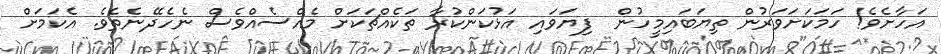
އަހާށެވެ! ހަމަކަށަވަރުން ތިޔަބައިމީހުން  ފިޔަވައި އަޅުކަންކުރާ ތަކެއްޗަކަށް މެއްސެއްވެސް ނެހެދޭނެތެވެ. އެކަމަށް